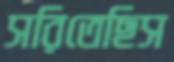
সরিতেছিস